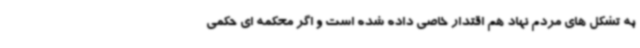
به تشکل های مردم نهاد هم اقتدار خاصی داده شده است و اگر محکمه ای حکمی